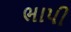
ભાપી